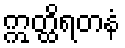
ဣတ္ထိရတနံ